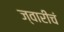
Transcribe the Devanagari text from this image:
ज्वारीचं